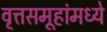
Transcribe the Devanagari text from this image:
वृ्त्तसमूहांमध्ये